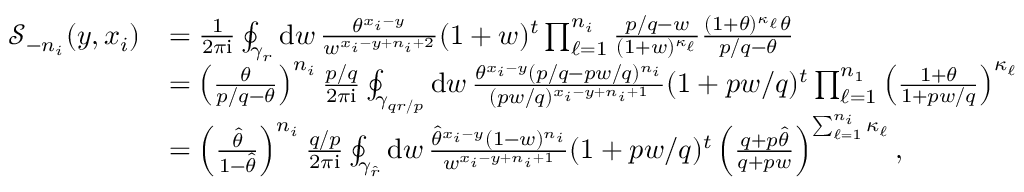
\begin{array} { r l } { \mathcal { S } _ { - n _ { i } } ( y , x _ { i } ) } & { \textstyle = \frac { 1 } { 2 \pi \mathrm { i } } \oint _ { \gamma _ { r } } \mathrm { d } w \, \frac { \theta ^ { x _ { i } - y } } { w ^ { x _ { i } - y + n _ { i } + 2 } } ( 1 + w ) ^ { t } \prod _ { \ell = 1 } ^ { n _ { i } } \frac { p / q - w } { ( 1 + w ) ^ { \kappa _ { \ell } } } \frac { ( 1 + \theta ) ^ { \kappa _ { \ell } } \theta } { p / q - \theta } } \\ & { \textstyle = \left( \frac { \theta } { p / q - \theta } \right) ^ { n _ { i } } \frac { p / q } { 2 \pi \mathrm { i } } \oint _ { \gamma _ { q r / p } } \mathrm { d } w \, \frac { \theta ^ { x _ { i } - y } ( p / q - p w / q ) ^ { n _ { i } } } { ( p w / q ) ^ { x _ { i } - y + n _ { i } + 1 } } ( 1 + p w / q ) ^ { t } \prod _ { \ell = 1 } ^ { n _ { 1 } } \left( \frac { 1 + \theta } { 1 + p w / q } \right) ^ { \kappa _ { \ell } } } \\ & { \textstyle = \left( \frac { \hat { \theta } } { 1 - \hat { \theta } } \right) ^ { n _ { i } } \frac { q / p } { 2 \pi \mathrm { i } } \oint _ { \gamma _ { \hat { r } } } \mathrm { d } w \, \frac { \hat { \theta } ^ { x _ { i } - y } ( 1 - w ) ^ { n _ { i } } } { w ^ { x _ { i } - y + n _ { i } + 1 } } ( 1 + p w / q ) ^ { t } \left( \frac { q + p \hat { \theta } } { q + p w } \right) ^ { \sum _ { \ell = 1 } ^ { n _ { i } } \kappa _ { \ell } } , } \end{array}